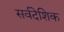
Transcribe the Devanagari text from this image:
सर्वदेशिक